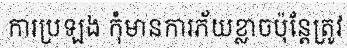
ការប្រឡង កុំមានការភ័យខ្លាចប៉ុន្តែត្រូវ